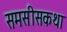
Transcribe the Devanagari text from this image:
समसीसकथा